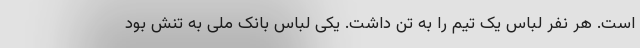
است. هر نفر لباس یک تیم را به تن داشت. یکی لباس بانک ملی به تنش بود